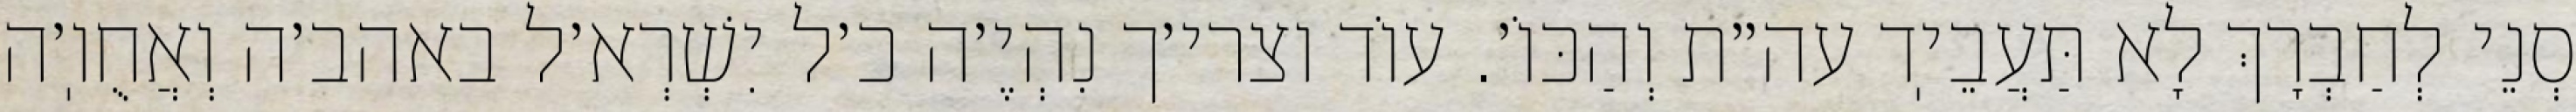
סְנֵי לְחַבְרָךְ לָא תַּעֲבֵיֽד עה״ת וְהַכּוֹ׳. עוֹד וצרי׳ך נִהְיֶ׳ה כ׳ל יִשְׁרְא׳ל באהב׳ה וְאֲחֻוֽ׳ה